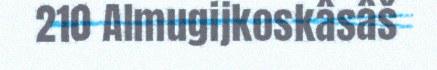
210 Almugijkoskâsâš